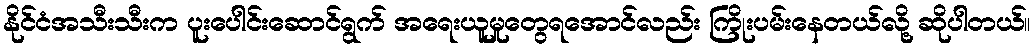
နိုင်ငံအသီးသီးက ပူးပေါင်းဆောင်ရွက် အရေးယူမှုတွေရအောင်လည်း ကြိုးပမ်းနေတယ်လို့ ဆိုပါတယ်။